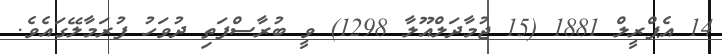
14 އެޕްރީލް 1881 (15 ޖުމާދަލްއޫލާ 1298) ވީ ބުރާސްފަތި ދުވަހު ފުރަމާލޭގައެވެ.